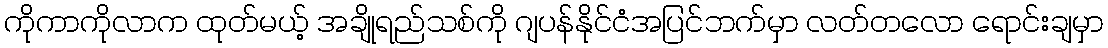
ကိုကာကိုလာက ထုတ်မယ့် အချိုရည်သစ်ကို ဂျပန်နိုင်ငံအပြင်ဘက်မှာ လတ်တလော ရောင်းချမှာ